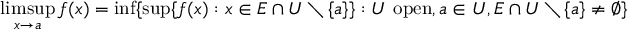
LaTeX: \operatorname* { l i m s u p } _ { x \to a } f ( x ) = \operatorname* { i n f } \{ \operatorname* { s u p } \{ f ( x ) : x \in E \cap U \setminus \{ a \} \} : U \ \mathrm { o p e n } , a \in U , E \cap U \setminus \{ a \} \neq \emptyset \}